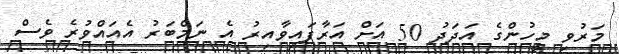
މަރުވި މީހުންގެ އަދަދު 50 އަށް އަރާފައިވާއިރު އެ ނަމްބަރު އެއައްވުރެ ވެސް